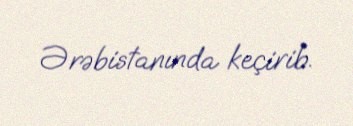
Ərəbistanında keçirib.